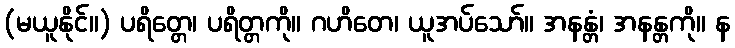
(မယူနိုင်။) ပရိတ္တေ၊ ပရိတ္တကို။ ဂဟိတေ၊ ယူအပ်သော်။ အနန္တံ၊ အနန္တကို။ န